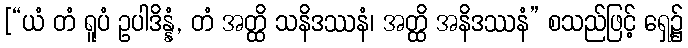
[“ယံ တံ ရူပံ ဥပါဒိန္နံ, တံ အတ္ထိ သနိဒဿနံ၊ အတ္ထိ အနိဒဿနံ” စသည်ဖြင့် ရှေ့၌